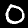
Digit: 0